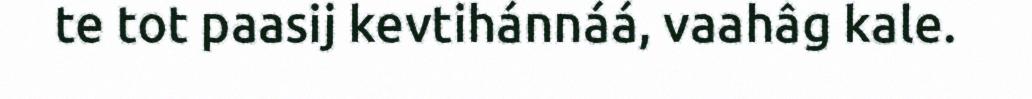
te tot paasij kevtihánnáá, vaahâg kale.